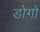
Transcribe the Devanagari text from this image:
डोगों